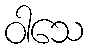
ဝါသေ